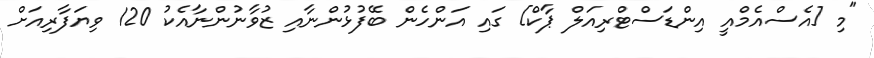
"މި [އެސްއެމްއީ އިންޑަސްޓްރިއަލް ޕާކް] ގައި އަންހެން ބޭފުޅުންނާއި ޒުވާނުންނާއެކު 120 ވިޔަފާރިއަށް